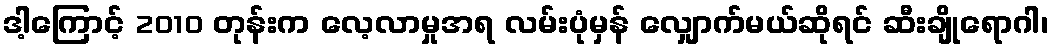
ဒါ့ကြောင့် 2010 တုန်းက လေ့လာမှုအရ လမ်းပုံမှန် လျှောက်မယ်ဆိုရင် ဆီးချိုရောဂါ၊